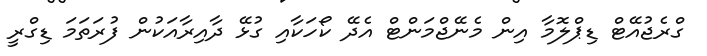
ގްރެޖުއޭޓް ޑިޕްލޮމާ އިން މެނޭޖްމަންޓް އެދޭ ކޯހަކާއި ގުޅޭ ދާއިރާއަކުން ފުރަތަމަ ޑިގްރީ